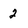
Character: 2